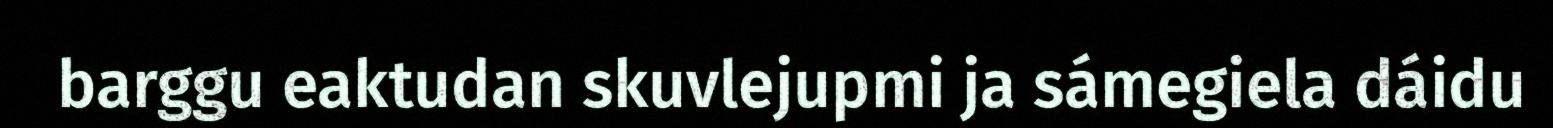
barggu eaktudan skuvlejupmi ja sámegiela dáidu